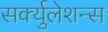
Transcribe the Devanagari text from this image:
सर्क्युलेशन्स